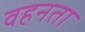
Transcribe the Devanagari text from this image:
वहनता